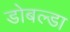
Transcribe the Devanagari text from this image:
डोबल्डा